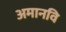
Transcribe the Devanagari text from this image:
अमानवि